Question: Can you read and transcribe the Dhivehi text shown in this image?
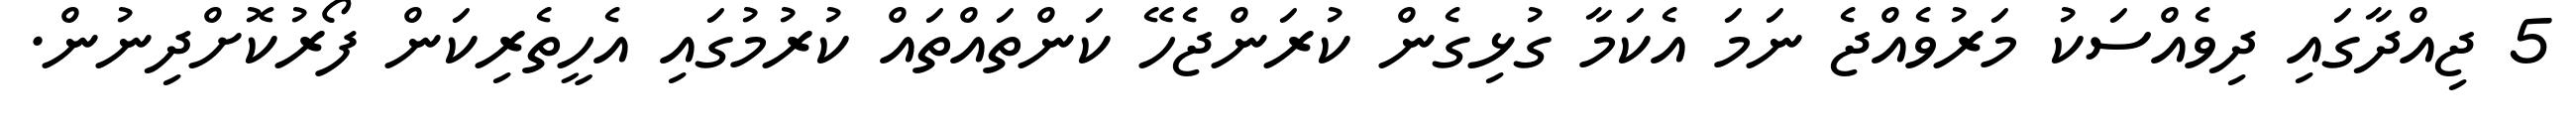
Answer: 5 ޖިއްދާގައި ދިވެއްސަކު މަރުވެއްޖެ ނަމަ އެކަމާ ގުޅިގެން ކުރަންޖެހޭ ކަންތައްތައް ކުރުމުގައި އެހީތެރިކަން ފޯރުކޮށްދިނުން.